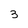
Character: 3